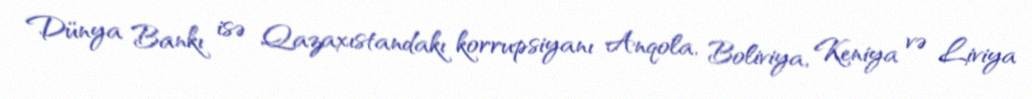
Dünya Bankı isə Qazaxıstandakı korrupsiyanı Anqola, Boliviya, Keniya və Liviya